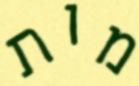
מות